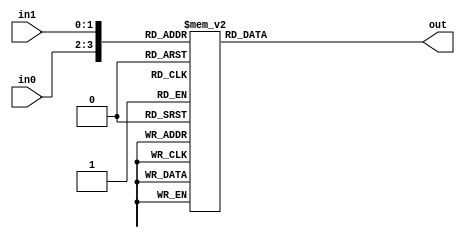
`timescale 1ns / 1ps
//////////////////////////////////////////////////////////////////////////////////
// Company: 
// Engineer: 
// 
// Design Name: 
// Module Name: Spec
// Project Name: 
// Target Devices: 
// Tool Versions: 
// Description: 
// 
// Dependencies: 
// 
// Revision:
// Revision 0.01 - File Created
// Additional Comments:
// 
//////////////////////////////////////////////////////////////////////////////////


module Spec(

    input [1:0] in0,
    input [1:0] in1,
    output reg out

    );
    
    reg [3:0] data;
    
    always @(*)
    begin
        data = {in0,in1};
        
        case(data)
            4'b0001: out = 0;
            4'b0100: out = 0;
            4'b0010: out = 0;
            4'b1000: out = 0;
            4'b0011: out = 0;
            4'b1100: out = 0;
            4'b1110: out = 0;
            4'b1011: out = 0;
            4'b1101: out = 0;
            4'b0111: out = 0;
            default: out = 1;
         endcase
    
    
    
    end
    
    
    
endmodule